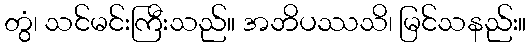
တွံ၊ သင်မင်းကြီးသည်။ အဘိပဿသိ၊ မြင်သနည်း။